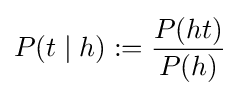
P(t\mid h):={\frac {P(ht)}{P(h)}}